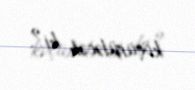
köçürüləcək ki?.